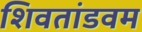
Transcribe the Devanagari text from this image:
शिवतांडवम